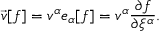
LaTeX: \vec { v } [ f ] = v ^ { \alpha } e _ { \alpha } [ f ] = v ^ { \alpha } \frac { \partial f } { \partial \xi ^ { \alpha } } .